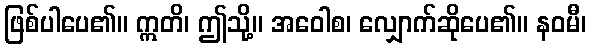
ဖြစ်ပါပေ၏။ ဣတိ၊ ဤသို့။ အဝေါစ၊ လျှောက်ဆိုပေ၏။ နဝမီ၊